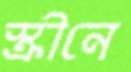
স্ক্রীনে